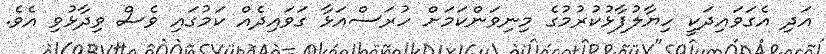
އަދި އެގަވައިދަކީ ހިޔާލުފާޅުކުރުމުގެ މިނިވަންކަމަށް ހުރަސްއަޅާ ގަވައިދެއް ކަމުގައި ވެސް ވިދާޅުވި އެވެ.